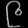
Digit: ၉